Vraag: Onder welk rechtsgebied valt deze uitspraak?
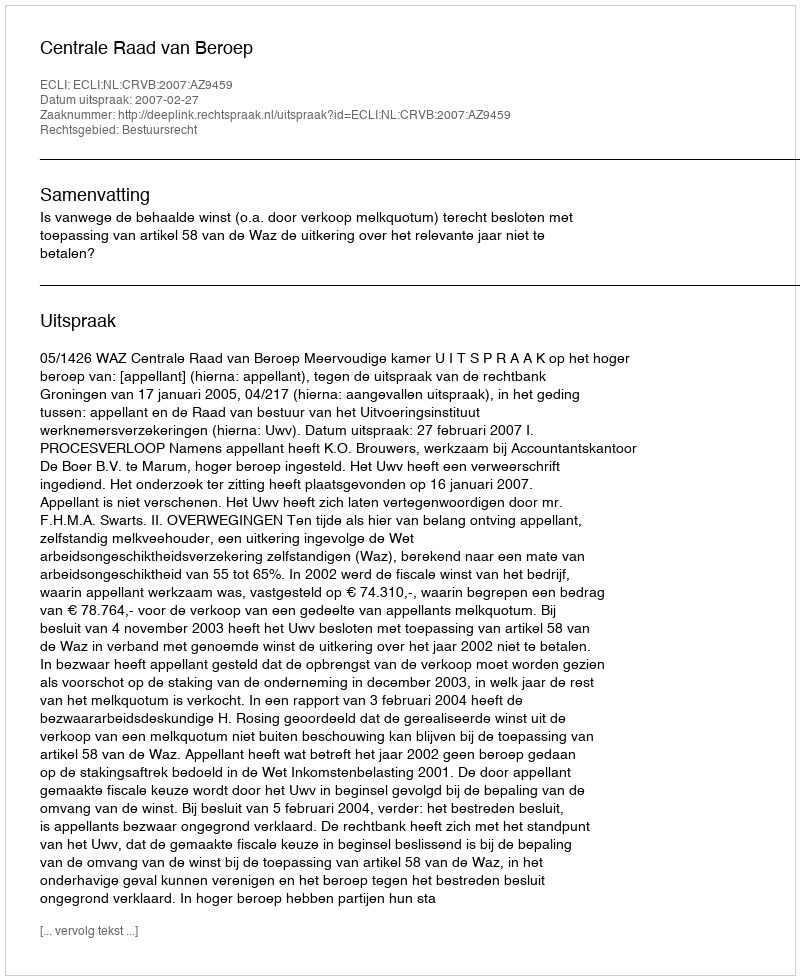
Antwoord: Bestuursrecht